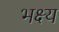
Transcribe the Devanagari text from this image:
भक्ष्‍य